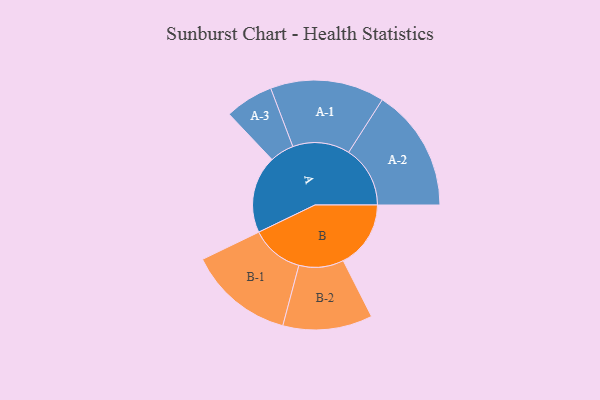
{"axis": {"x": "Segment", "y": "Value"}, "legend": ["", "A", "B"], "data": [{"x": "A", "y": 320, "type": ""}, {"x": "B", "y": 279, "type": ""}, {"x": "A-1", "y": 236, "type": "A"}, {"x": "A-2", "y": 254, "type": "A"}, {"x": "A-3", "y": 100, "type": "A"}, {"x": "B-1", "y": 218, "type": "B"}, {"x": "B-2", "y": 185, "type": "B"}]}